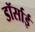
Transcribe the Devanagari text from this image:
डॉर्साई